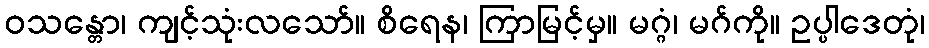
ဝသန္တော၊ ကျင့်သုံးလသော်။ စိရေန၊ ကြာမြင့်မှ။ မဂ္ဂံ၊ မဂ်ကို။ ဥပ္ပါဒေတုံ၊